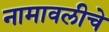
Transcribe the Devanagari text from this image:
नामावलीचे